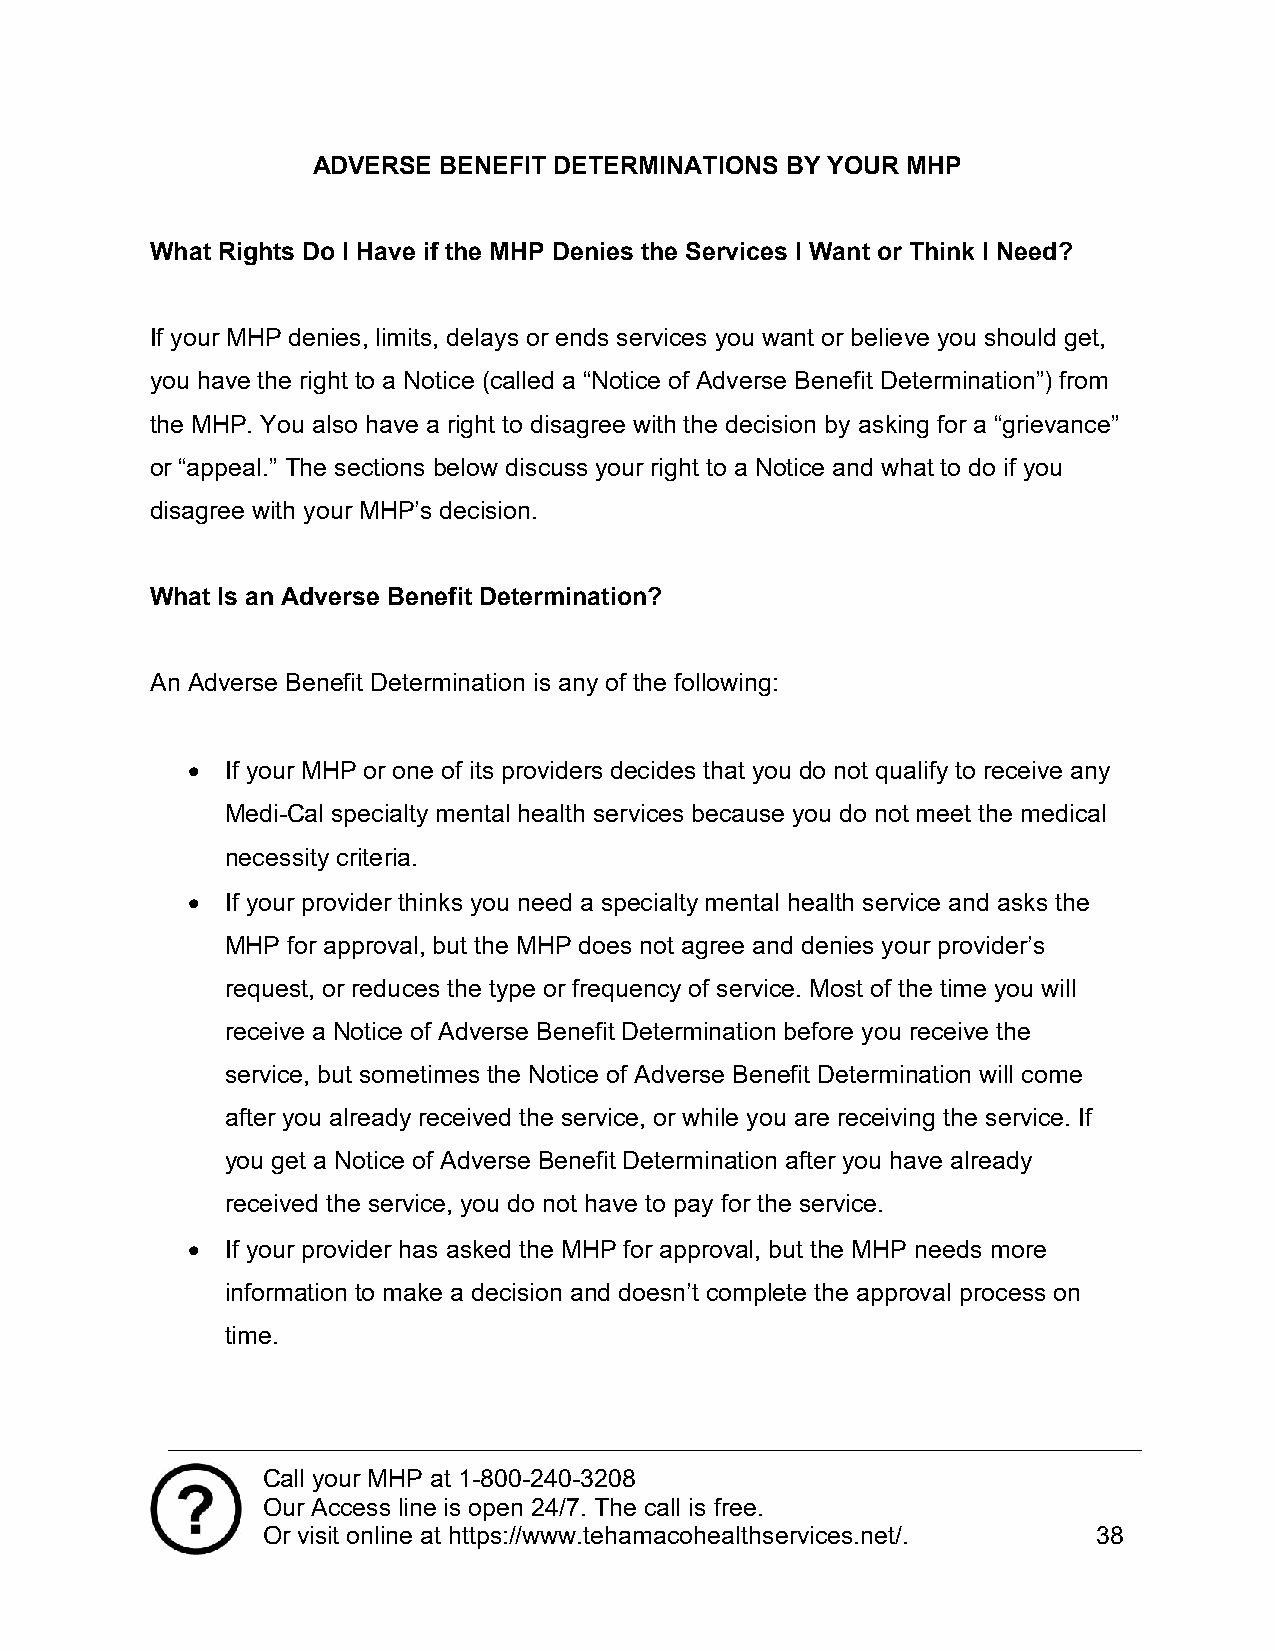
ADVERSE BENEFIT DETERMINATIONS BY YOUR MHP
 What Rights Do I Have if the MHP Denies the Services I Want or Think I Need?
 If your MHP denies, limits, delays or ends services you want or believe you should get,
 you have the right to a Notice (called a “Notice of Adverse Benefit Determination”) from
 the MHP. You also have a right to disagree with the decision by asking for a “grievance”
 or “appeal.” The sections below discuss your right to a Notice and what to do if you
 disagree with your MHP’s decision.
 What Is an Adverse Benefit Determination?
 An Adverse Benefit Determination is any of the following:
   If your MHP or one of its providers decides that you do not qualify to receive any
 Medi-Cal specialty mental health services because you do not meet the medical
 necessity criteria.
   If your provider thinks you need a specialty mental health service and asks the
 MHP for approval, but the MHP does not agree and denies your provider’s
 request, or reduces the type or frequency of service. Most of the time you will
 receive a Notice of Adverse Benefit Determination before you receive the
 service, but sometimes the Notice of Adverse Benefit Determination will come
 after you already received the service, or while you are receiving the service. If
 you get a Notice of Adverse Benefit Determination after you have already
 received the service, you do not have to pay for the service.
   If your provider has asked the MHP for approval, but the MHP needs more
 information to make a decision and doesn’t complete the approval process on
 time.
 Call your MHP at 1-800-240-3208
 Our Access line is open 24/7. The call is free.
 Or visit online at https://www.tehamacohealthservices.net/. 38